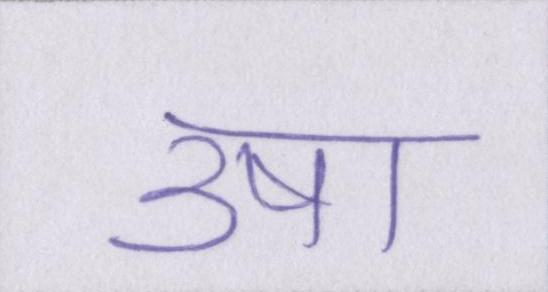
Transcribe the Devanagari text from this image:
उषा